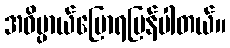
အဓိပ္ပာယ်ပြောရပြန်ပါတယ်။